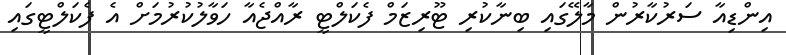
އިންޑިއާ ސަރުކާރުން މާލޭގައި ބިނާކުރި ޓޫރިޒަމް ފެކަލްޓީ ރާއްޖެއާ ހަވާލުކުރުމަށް އެ ފެކަލްޓީގައި